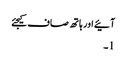
آئیے اور ہاتھ صاف کیجئے
1۔